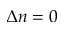
\Delta n = 0